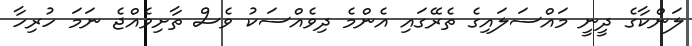
ލަންކާގެ ދީނީ މައްސަލައިގެ ތެރޭގައި އެންމެ ދިވެއްސަކު ވެސް ތާށިވެއްޖެ ނަމަ ހުރިހާ